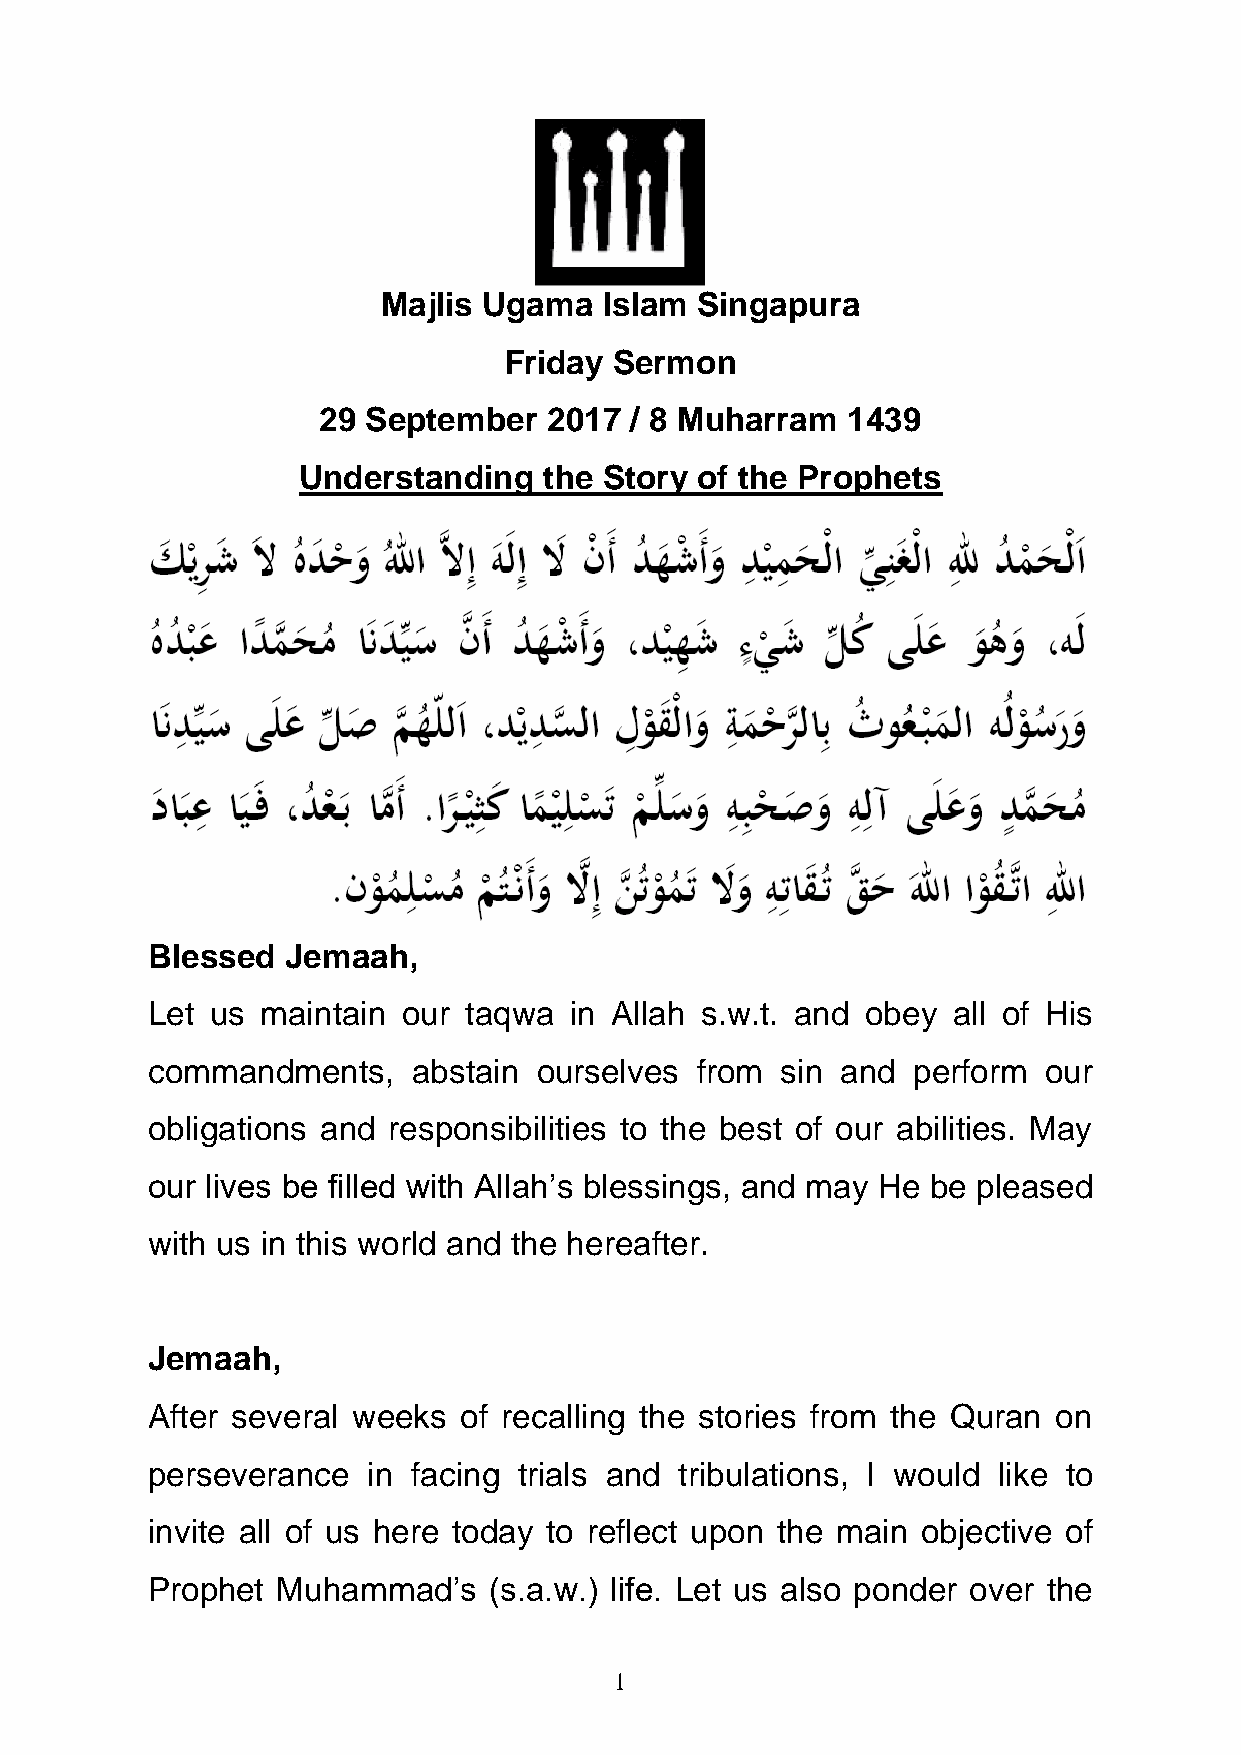
Majlis Ugama   Islam Singapura
 Friday  Sermon
 29 September   2017  / 8 Muharram  1439
 Understanding   the Story of the Prophets
 Blessed  Jemaah,
 Let us maintain  our taqwa  in Allah s.w.t. and obey all of His
 commandments,    abstain  ourselves from  sin and perform  our
 obligations and responsibilities to the best of our abilities. May
 our lives be filled with Allah’s blessings, and may He be pleased
 with us in this world and the hereafter.
 Jemaah,
 After several weeks of recalling the stories from the Quran on
 perseverance  in facing trials and tribulations, I would like to
 invite all of us here today to reflect upon the main objective of
 Prophet Muhammad’s    (s.a.w.) life. Let us also ponder over the
 1